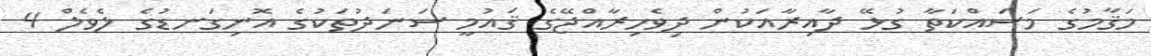
މަޤާމުގެ މަސައްކަތާ ގުޅޭ ދާއިރާއަކުން ދިވެހިރާއްޖޭގެ ޤައުމީ ސަނަދުތަކުގެ އޮނިގަނޑުގެ ލެވެލް 4